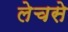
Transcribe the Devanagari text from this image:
लेचसे